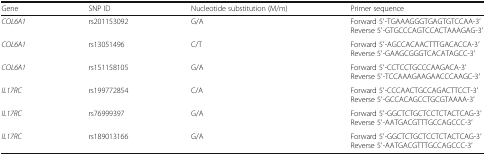
<table><thead><tr><td><b>Gene</b></td><td><b>SNP ID</b></td><td><b>Nucleotide substitution (M/m)</b></td><td><b>Primer sequence</b></td></tr></thead><tbody><tr><td><i>COL6A1</i></td><td>rs201153092</td><td>G/A</td><td>Forward 5′-TGAAAGGGTGAGTGTCCAA-3′Reverse 5′-GTGCCCAGTCCACTAAAGAG-3′</td></tr><tr><td><i>COL6A1</i></td><td>rs13051496</td><td>C/T</td><td>Forward 5′-AGCCACAACTTTGACACCA-3′Reverse 5′-GAAGCGGGTCACATAGCC-3′</td></tr><tr><td><i>COL6A1</i></td><td>rs151158105</td><td>G/A</td><td>Forward 5′-CCTCCTGCCCAAGACA-3′Reverse 5′-TCCAAAGAAGAACCCAAGC-3′</td></tr><tr><td><i>IL17RC</i></td><td>rs199772854</td><td>C/A</td><td>Forward 5′-CCCAACTGCCAGACTTCCT-3′Reverse 5′-GCCACAGCCTGCGTAAAA-3′</td></tr><tr><td><i>IL17RC</i></td><td>rs76999397</td><td>G/A</td><td>Forward 5′-GGCTCTGCTCCTCTACTCAG-3′Reverse 5′-AATGACGTTTGCCAGCCC-3′</td></tr><tr><td><i>IL17RC</i></td><td>rs189013166</td><td>G/A</td><td>Forward 5′-GGCTCTGCTCCTCTACTCAG-3′Reverse 5′-AATGACGTTTGCCAGCCC-3′</td></tr></tbody></table>